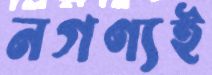
নগণ্যই